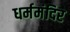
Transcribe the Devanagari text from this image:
धर्ममंदिर